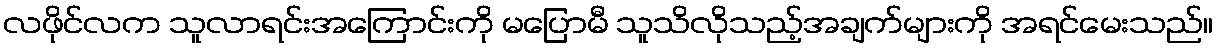
လဖိုင်လက သူလာရင်းအကြောင်းကို မပြောမီ သူသိလိုသည့်အချက်များကို အရင်မေးသည်။